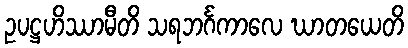
ဥပဋ္ဌဟိဿာမီတိ သရဘင်္ဂကာလေ ဃာတယေတိ